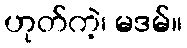
ဟုတ်ကဲ့၊ မဒမ်။